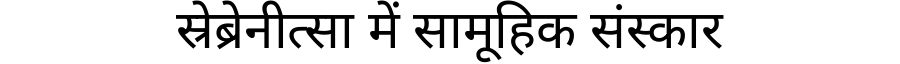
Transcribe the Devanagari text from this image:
स्रेब्रेनीत्सा में सामूहिक संस्कार